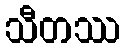
သီတဿ